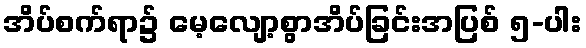
အိပ်စက်ရာ၌ မေ့လျော့စွာအိပ်ခြင်းအပြစ် ၅-ပါး